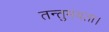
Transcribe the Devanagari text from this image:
तन्तुमयता।